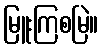
မြူးကြစမြဲ။